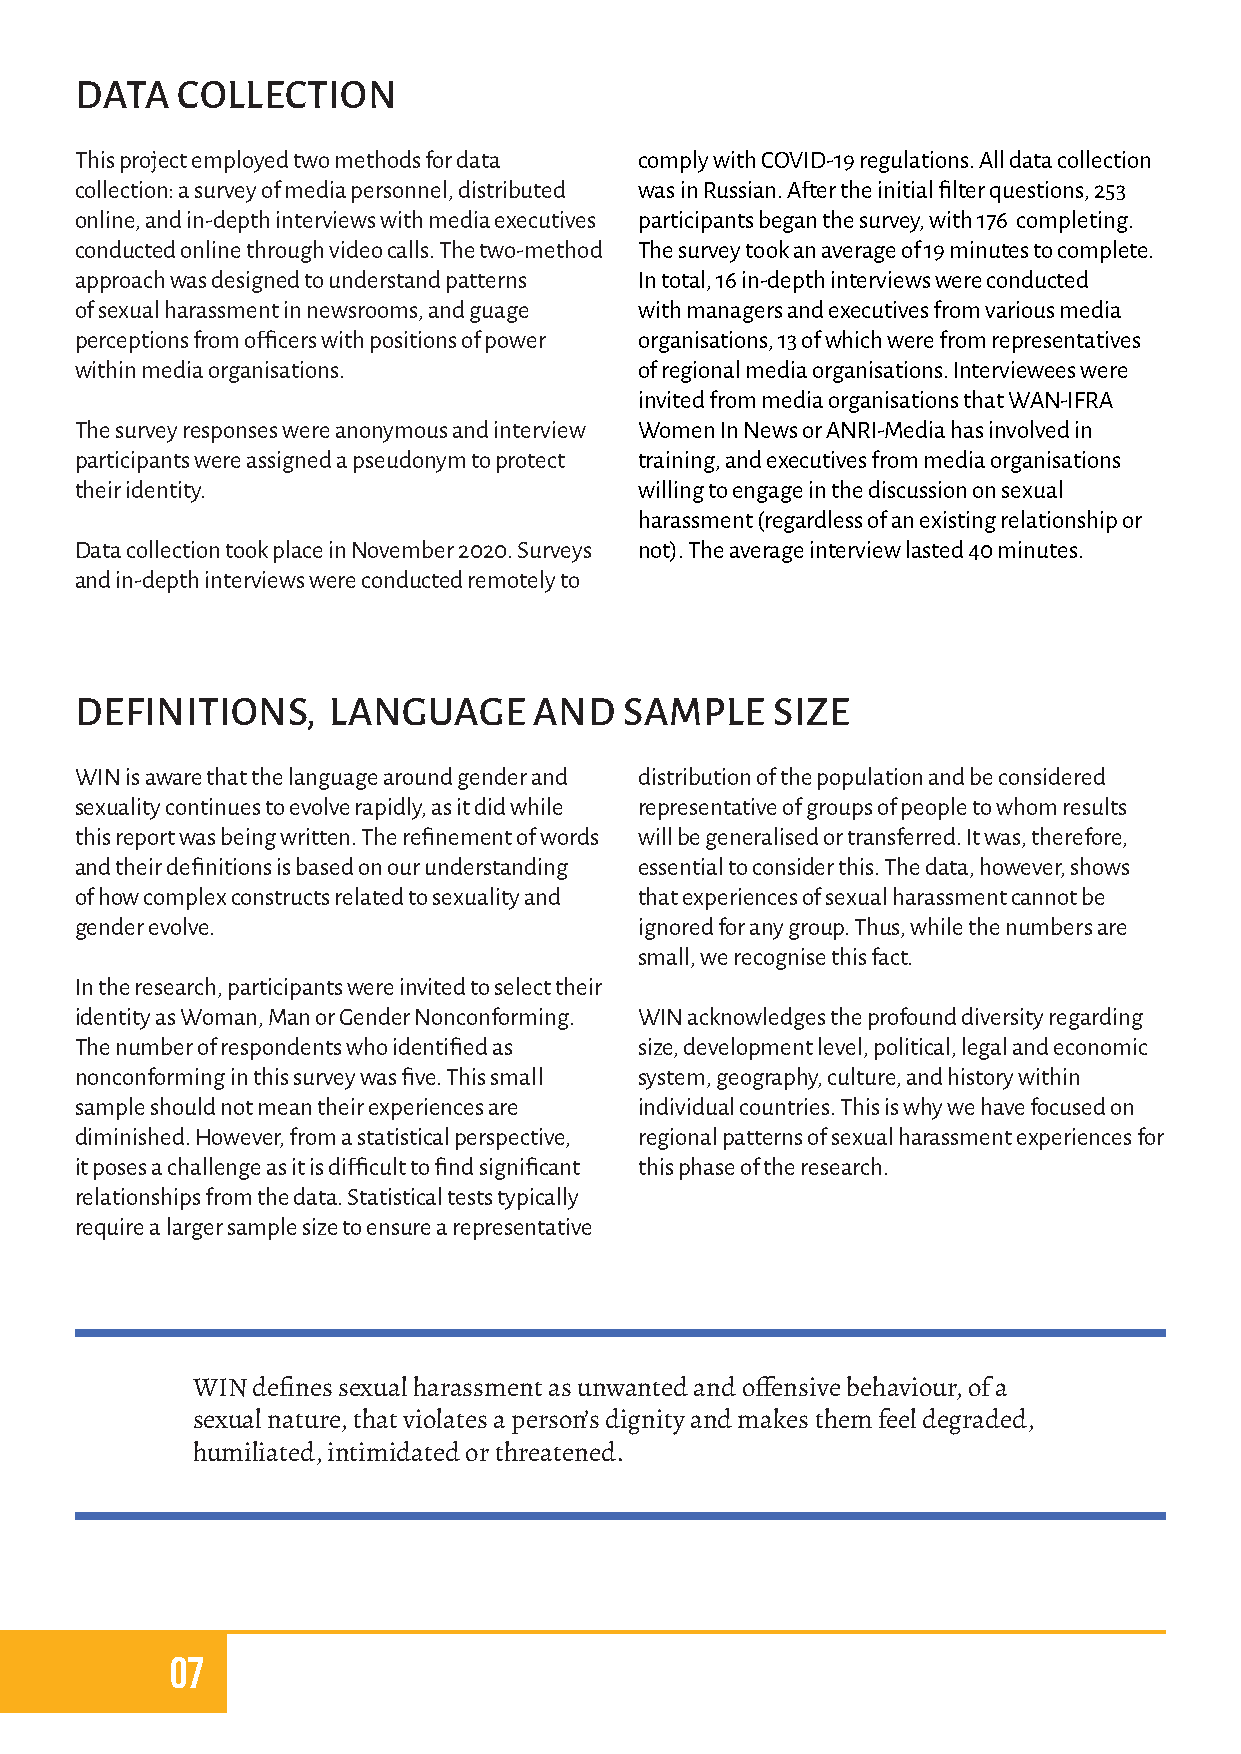
DATA   COLLECTION
 This project employed two methods for data comply with COVID-19 regulations. All data collection
 collection: a survey of media personnel, distributed was in Russian. After the initial filter questions, 253
 online, and in-depth interviews with media executives participants began the survey, with 176 completing.
 conducted online through video calls. The two-method The survey took an average of 19 minutes to complete.
 approach was designed to understand patterns In total, 16 in-depth interviews were conducted
 of sexual harassment in newsrooms, and guage with managers and executives from various media
 perceptions from officers with positions of power organisations, 13 of which were from representatives
 within media organisations.          of regional media organisations. Interviewees were
 invited from media organisations that WAN-IFRA
 The survey responses were anonymous and interview Women In News or ANRI-Media has involved in
 participants were assigned a pseudonym to protect training, and executives from media organisations
 their identity.                      willing to engage in the discussion on sexual
 harassment (regardless of an existing relationship or
 Data collection took place in November 2020. Surveys not). The average interview lasted 40 minutes.
 and in-depth interviews were conducted remotely to
 DEFINITIONS,     LANGUAGE     AND   SAMPLE    SIZE
 WIN is aware that the language around gender and distribution of the population and be considered
 sexuality continues to evolve rapidly, as it did while representative of groups of people to whom results
 this report was being written. The refinement of words will be generalised or transferred. It was, therefore,
 and their definitions is based on our understanding essential to consider this. The data, however, shows
 of how complex constructs related to sexuality and that experiences of sexual harassment cannot be
 gender evolve.                       ignored for any group. Thus, while the numbers are
 small, we recognise this fact.
 In the research, participants were invited to select their
 identity as Woman, Man or Gender Nonconforming. WIN acknowledges the profound diversity regarding
 The number of respondents who identified as size, development level, political, legal and economic
 nonconforming in this survey was five. This small system, geography, culture, and history within
 sample should not mean their experiences are individual countries. This is why we have focused on
 diminished. However, from a statistical perspective, regional patterns of sexual harassment experiences for
 it poses a challenge as it is difficult to find significant this phase of the research.
 relationships from the data. Statistical tests typically
 require a larger sample size to ensure a representative
 WIN defines sexual harassment as unwanted and offensive behaviour, of a
 sexual nature, that violates a person’s dignity and makes them feel degraded,
 humiliated, intimidated or threatened.
 07